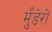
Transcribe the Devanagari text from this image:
मुँडेरों